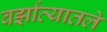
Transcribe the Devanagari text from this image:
वर्झाव्यातले